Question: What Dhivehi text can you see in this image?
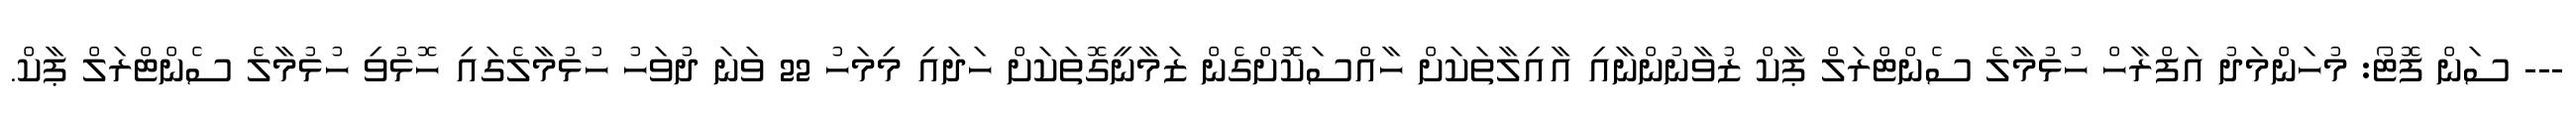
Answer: --- ސަން ފޮޓޯ: މުހަންމަދު އަފްރާހް ހުޅުމާލެ ސެންޓްރަލް ޕާކް ޒުވާނުންނާއި އާއިލާތަކަށް ހާއްސަކޮށްގެން ޒަމާނީގޮތަކަށް ހަދައި މިމަހު 22 ވަނަ ދުވަހު ހުޅުމާލެގައި ހޮޅުވި ހުޅުމާލެ ސެންޓްރަލް ޕާކް.